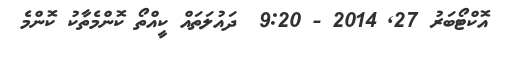
އޮކްޓޯބަރު 27